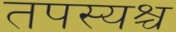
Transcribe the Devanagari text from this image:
तपस्यश्च